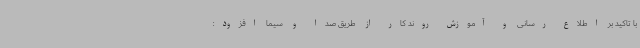
با تاکید بر اطلاع رسانی و آموزش روند کار از طریق صدا و سیما افزود: